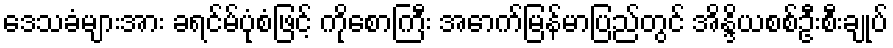
ဒေသခံများအား ခရင်မ်ပုံစံဖြင့် ကိုစောကြီး အောက်မြန်မာပြည်တွင် အိန္ဒိယစစ်ဦးစီးချုပ်